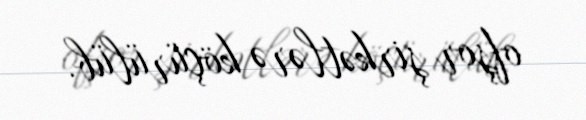
ofşor şirkətlərə köçürülüb.